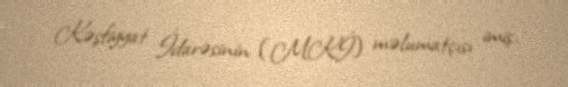
Kəşfiyyat İdarəsinin (MKİ) məlumatçısı imiş.